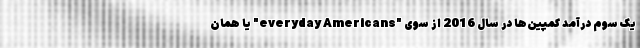
یک سوم درآمد کمپین‌ها در سال 2016 از سوی "everyday Americans" یا همان